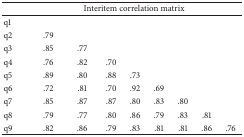
| <COLSPAN=10> Interitem correlation matrix |
 | --- | --- | --- | --- | --- | --- | --- | --- | --- | --- |
 | q1 |  |  |  |  |  |  |  |  |  |
 | q2 | .79 |  |  |  |  |  |  |  |  |
 | q3 | .85 | .77 |  |  |  |  |  |  |  |
 | q4 | .76 | .82 | .70 |  |  |  |  |  |  |
 | q5 | .89 | .80 | .88 | .73 |  |  |  |  |  |
 | q6 | .72 | .81 | .70 | .92 | .69 |  |  |  |  |
 | q7 | .85 | .87 | .87 | .80 | .83 | .80 |  |  |  |
 | q8 | .79 | .77 | .80 | .86 | .79 | .83 | .81 |  |  |
 | q9 | .82 | .86 | .79 | .83 | .81 | .81 | .86 | .76 |  |